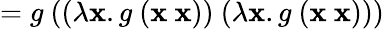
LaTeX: =g\ ((\lambda\mathbf{x}.g\ (\mathbf{x}\ \mathbf{x}))\ (\lambda\mathbf{x}.g\ (\mathbf{x}\ \mathbf{x})))